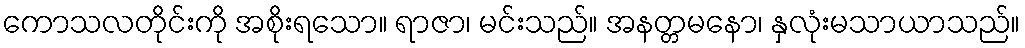
ကောသလတိုင်းကို အစိုးရသော။ ရာဇာ၊ မင်းသည်။ အနတ္တမနော၊ နှလုံးမသာယာသည်။